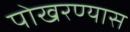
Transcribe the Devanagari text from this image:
पोखरण्यास